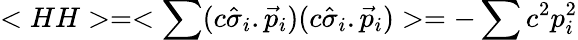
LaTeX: <HH>=<\sum(c\hat{\sigma}_{i}.\vec{p}_{i})(c\hat{\sigma}_{i}.\vec{p}_{i})>=-\sum c^{2}p_{i}^{2}